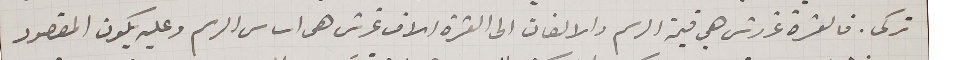
تركى. فالعشرة غروش هي قيمة الرسم والالفان الى العشرة الاف غرش هى اساس الرسم وعليه يكون المقصود